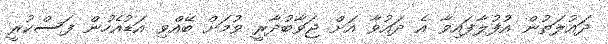
ދައުލަތުން އުފުލާފައިވާ އެ ދައުވާ އަށް ޖަވާބުދާރީ ވުމަށް ބޭއްވި އަޑުއެހުން ފަސްކުރީ